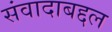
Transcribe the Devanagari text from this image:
संवादाबद्दल